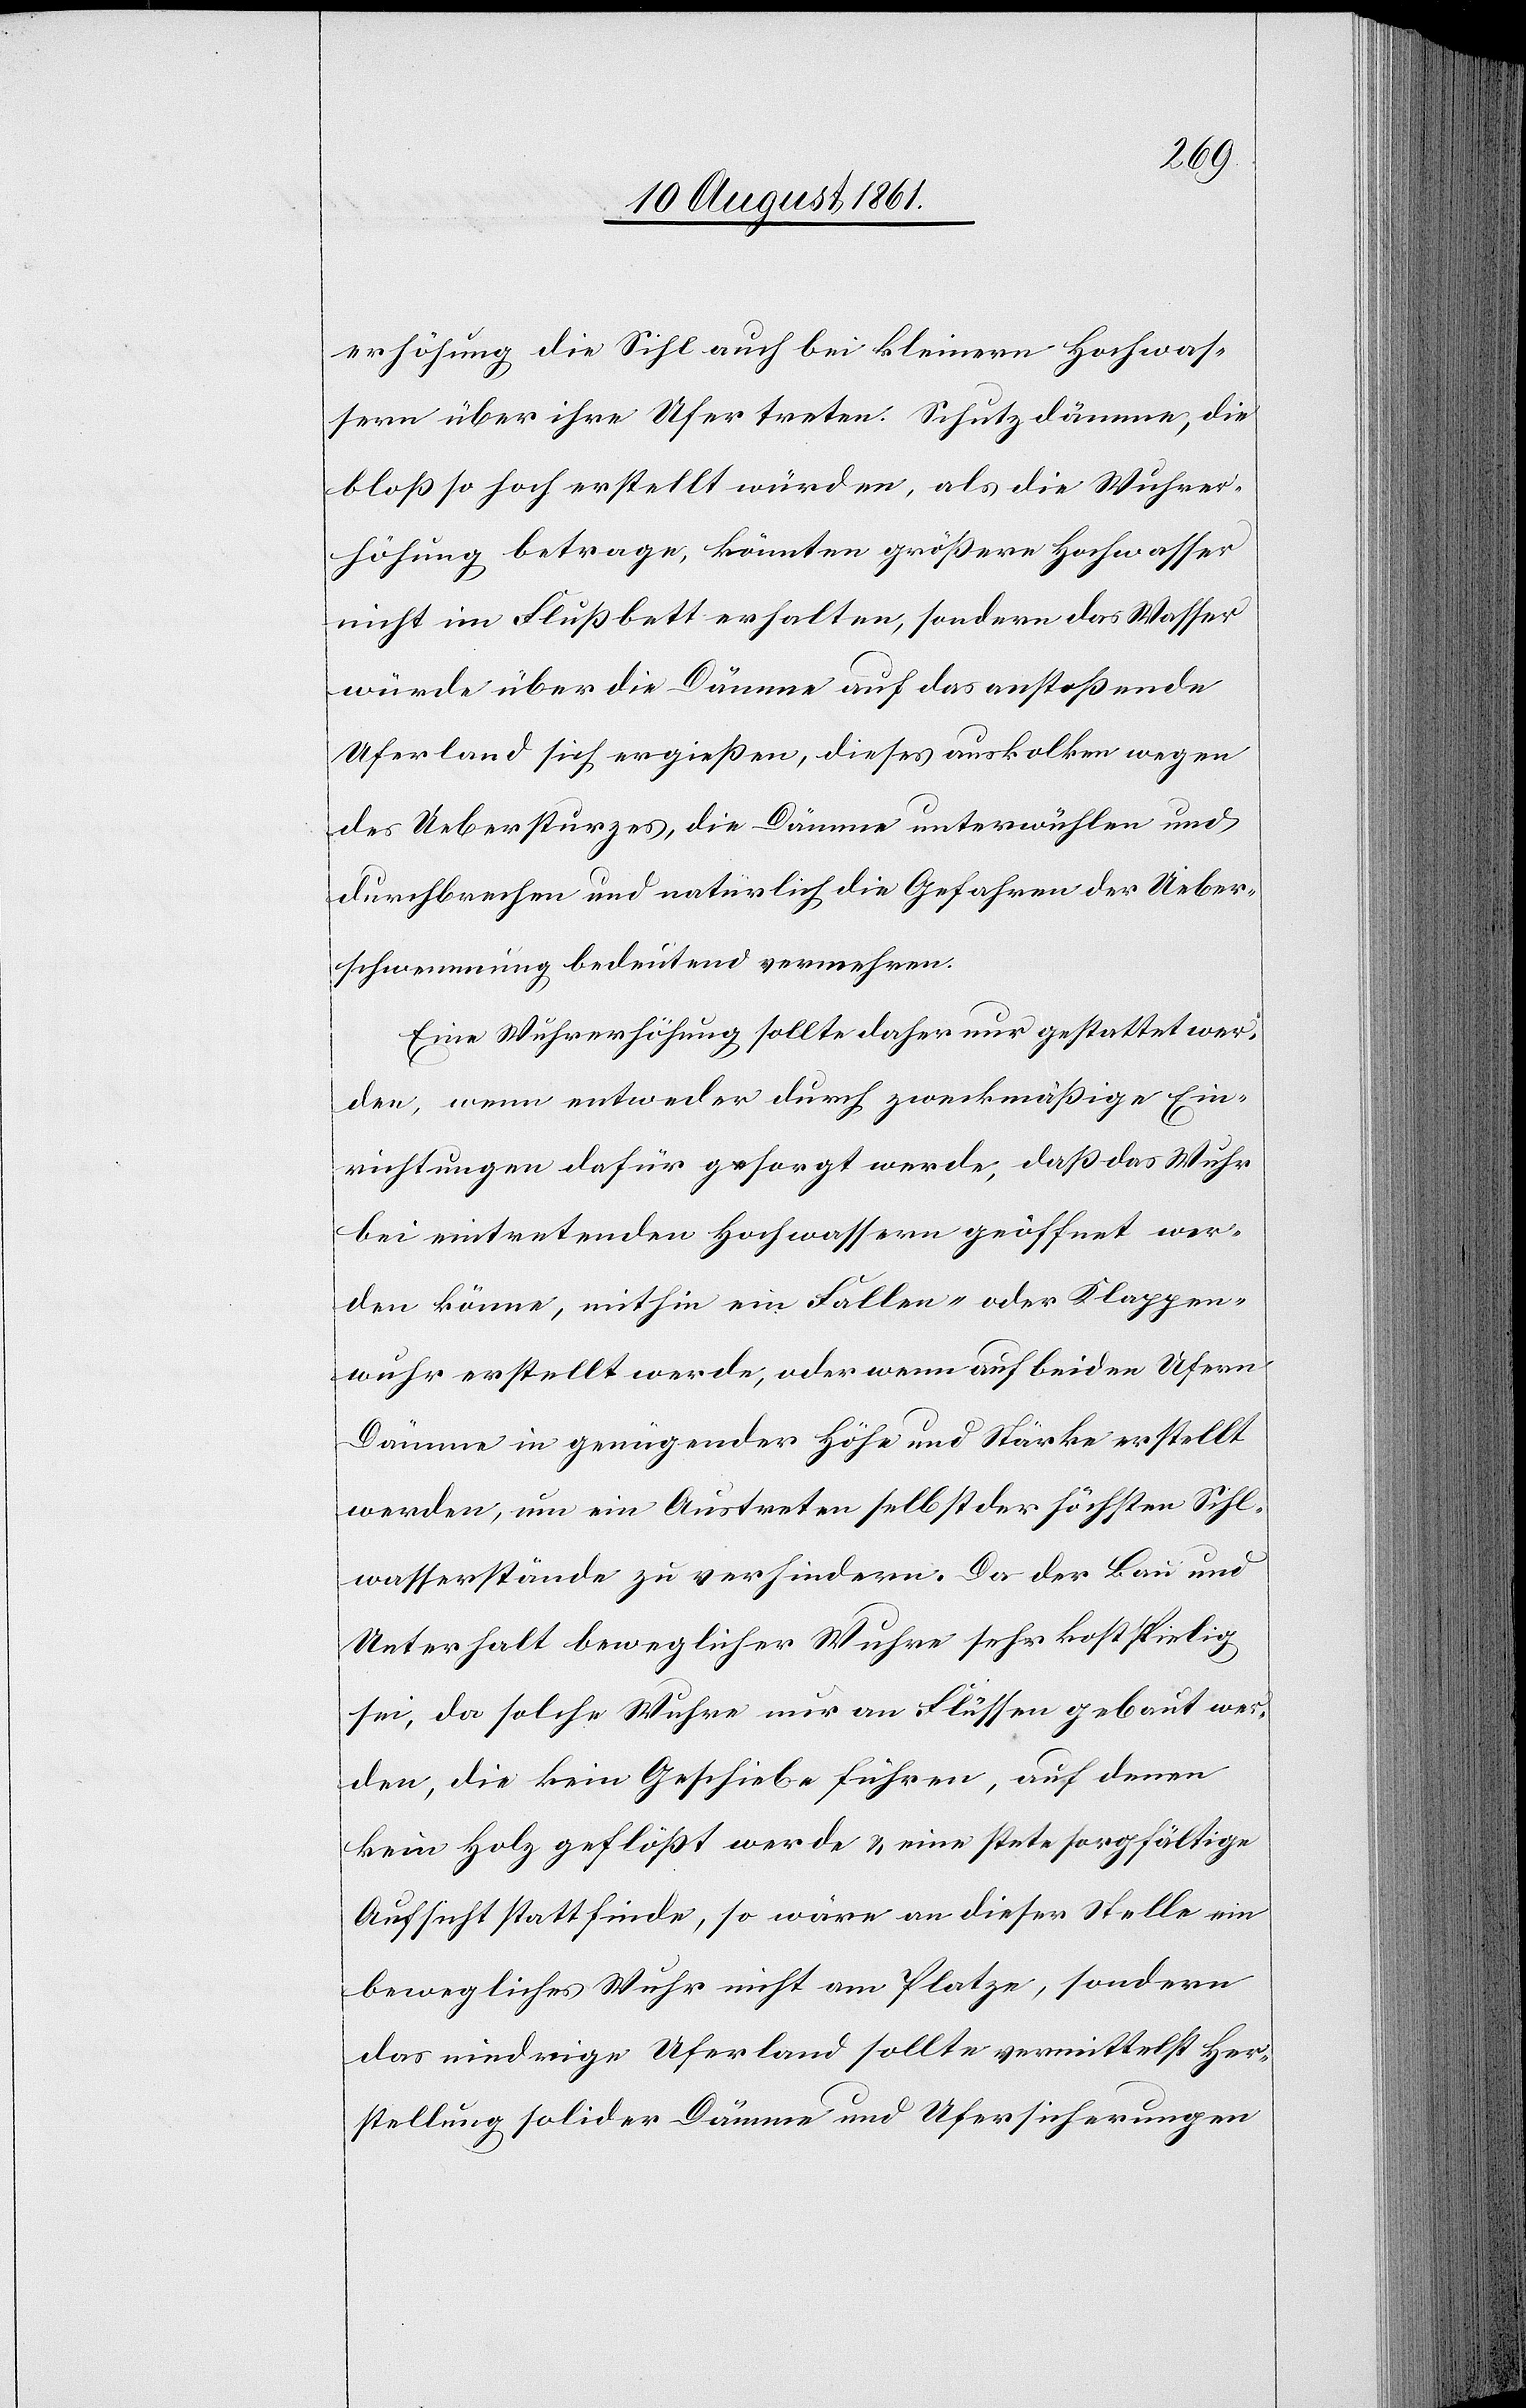
erhöhung die Sihl auch bei kleinern Hochwas¬
sern über ihre Ufer treten. Schutzdämme, die
bloß so hoch erstellt würden, als die Wuhrer¬
höhung betrage, könnten größere Hochwasser
nicht im Flußbett erhalten, sondern das Wasser
würde über die Dämme auf das anstoßende
Uferland sich ergießen, dieses auskolken wegen
des Uebersturzes, die Dämme unterwühlen und
durchbrechen und natürlich die Gefahren der Ueber¬
schwemmung bedeutend vermehren.
Eine Wuhrerhöhung sollte daher nur gestattet wer¬
den, wenn entweder durch zweckmäßige Ein¬
richtungen dafür gesorgt werde, daß das Wuhr
bei eintretenden Hochwassern geöffnet wer¬
den könne, mithin ein Fallen- oder Klappen¬
wuhr erstellt werden, oder wenn auf beiden Ufern
Dämme in genügender Höhe und Stärke erstellt
werden, um ein Austreten selbst der höchsten Sihl¬
wasserstände zu verhindern. Da der Bau und
Unterhalt beweglicher Wuhre sehr kostspielig
sei, da solche Wuhre nur an Flüssen gebaut wer¬
den, die kein Geschiebe führen, auf denen
kein Holz geflößt werde u. eine stete sorgfältige
Aufsicht stattfinde, so wäre an dieser Stelle ein
bewegliches Wuhr nicht am Platze, sondern
das niedrige Uferland sollte vermittelst Her¬
stellung solider Dämme und Ufersicherungen